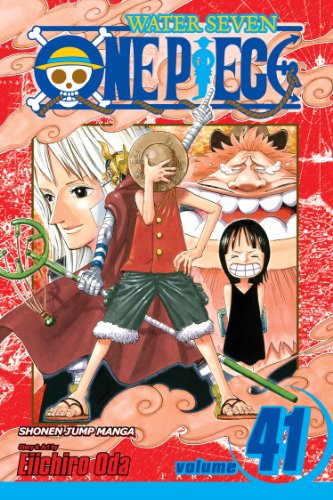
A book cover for One Piece, Vol. 41; Eiichiro Oda; Comics & Graphic Novels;